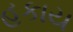
હકાય